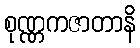
စုဏ္ဏကဇာတာနိ